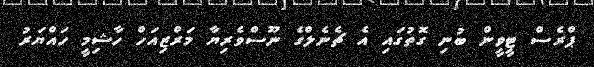
ޕްރެސް ޓީވީން ބުނި ގޮތުގައި އެ ޗެނެލްގެ ނޫސްވެރިޔާ މަރްޒިއަހް ހާޝިމީ ހައްޔަރު